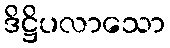
ဒိဋ္ဌိပလာသော